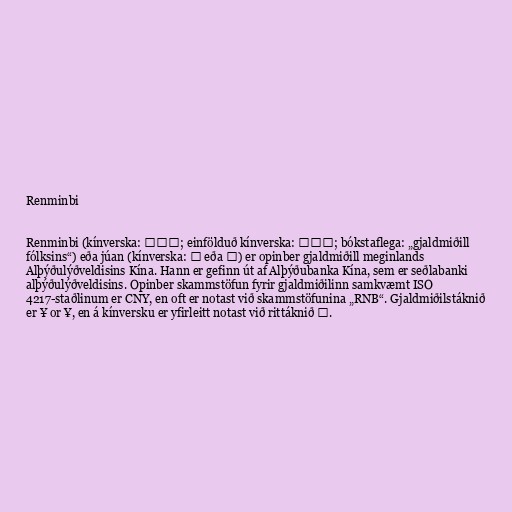
Renminbi

Renminbi (kínverska: 人民幣; einfölduð kínverska: 人民币; bókstaflega: „gjaldmiðill
fólksins“) eða júan (kínverska: 元 eða 圆) er opinber gjaldmiðill meginlands
Alþýðulýðveldisins Kína. Hann er gefinn út af Alþýðubanka Kína, sem er seðlabanki
alþýðulýðveldisins. Opinber skammstöfun fyrir gjaldmiðilinn samkvæmt ISO
4217-staðlinum er CNY, en oft er notast við skammstöfunina „RNB“. Gjaldmiðilstáknið
er ¥ or Ұ, en á kínversku er yfirleitt notast við rittáknið 元.